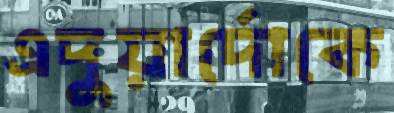
এদুয়ার্দোকে